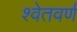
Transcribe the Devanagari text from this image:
श्वेतवर्णं